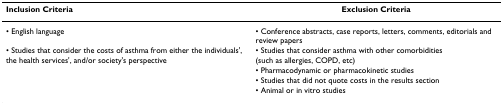
<table><thead><tr><td><b>Inclusion Criteria</b></td><td><b>Exclusion Criteria</b></td></tr></thead><tbody><tr><td>• English language</td><td>• Conference abstracts, case reports, letters, comments, editorials and review papers</td></tr><tr><td>• Studies that consider the costs of asthma from either the individuals&#x27;, the health services&#x27;, and/or society&#x27;s perspective</td><td>• Studies that consider asthma with other comorbidities (such as allergies, COPD, etc)</td></tr><tr><td></td><td>• Pharmacodynamic or pharmacokinetic studies</td></tr><tr><td></td><td>• Studies that did not quote costs in the results section</td></tr><tr><td></td><td>• Animal or in vitro studies</td></tr></tbody></table>